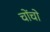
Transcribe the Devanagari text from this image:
चोंचो